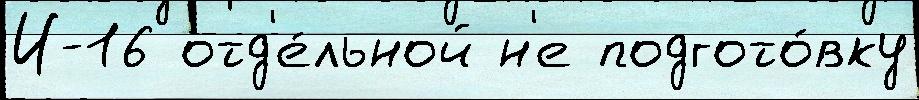
И-16 отд'е́льной н'е подгото́вку